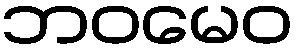
ဘဝမေဝ